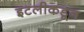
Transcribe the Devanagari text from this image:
इटलीकडून